Report of the Indian Hemp Drugs Commission, 1894-1895 - Volume III
Year: 1894
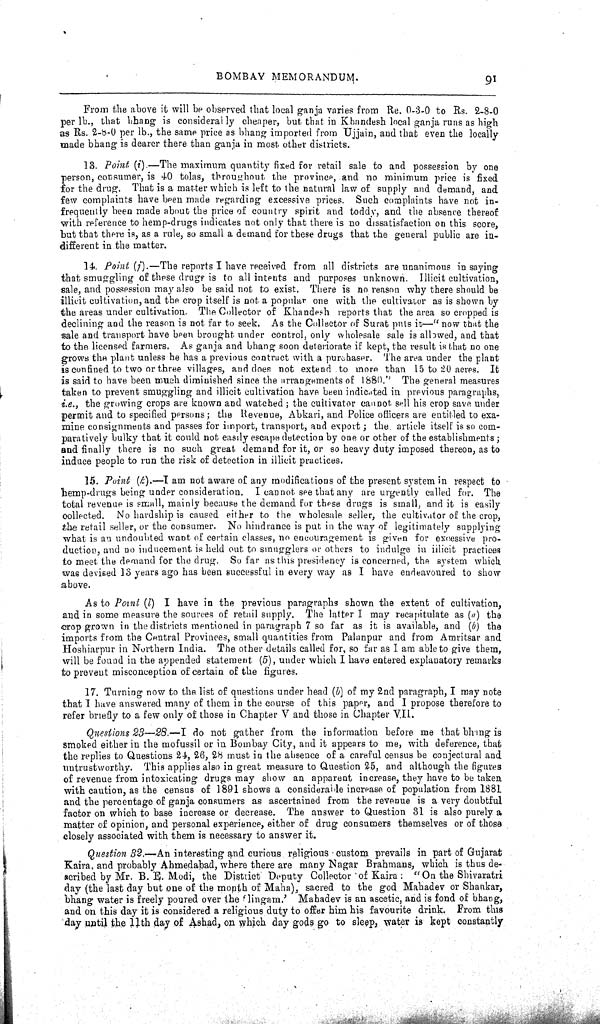
BOMBAY
MEMORANDUM.
91
From the above it will be observed that local ganja varies from Re. 0-3-0 to Rs. 2-8-0
per lb., that bhang is considerably cheaper, but that in Khandesh local ganja runs as high
as Rs. 2-8-0 per lb., the same price as bhang imported from Ujjain, and that even the locally
made bhang is dearer there than ganja in most other districts.
13. Point (i).—The maximum quantity fixed for retail sale to and possession by one
person, consumer, is 40 tolas, throughout the province, and no minimum price is fixed
for the drug. That is a matter which is left to the natural law of supply and demand, and
few complaints have been made regarding excessive prices. Such complaints have not in-
frequently been made about the price of country spirit and toddy, and the absence thereof
with reference to hemp-drugs indicates not only that there is no dissatisfaction on this score,
but that there is, as a rule, so small a demand for these drugs that the general public are in-
different in the matter.
14. Point (j).—The reports I have received from all districts are unanimous in saying
that smuggling of these drugs is to all intents and purposes unknown. Illicit cultivation,
sale, and possession may also be said not to exist. There is no reason why there should be
illicit cultivation, and the crop itself is not a popular one with the cultivator as is shown by
the areas under cultivation. The Collector of Khandesh reports that the area so cropped is
declining and the reason is not far to seek. As the Collector of Surat puts it—"now that the
sale and transport have been brought under control, only wholesale sale is allowed, and that
to the licensed farmers. As ganja and bhang soon deteriorate if kept, the result is that no one
grows the plant unless he has a previous contract with a purchaser. The area under the plant
is confined to two or three villages, and does not extend to more than 15 to 20 acres. It
is said to have been much diminished since the arrangements of 1880." The general measures
taken to prevent smuggling and illicit cultivation have been indicated in previous paragraphs,
i.e., the growing crops are known and watched; the cultivator cannot sell his crop save under
permit and to specified persons; the Revenue, Abkari, and Police officers are entitled to exa-
mine consignments and passes for import, transport, and export; the article itself is so com-
paratively bulky that it could not easily escape detection by one or other of the establishments;
and finally there is no such great demand for it, or so heavy duty imposed thereon, as to
induce people to run the risk of detection in illicit practices.
15. Point (k).—I am not aware of any modifications of the present system in respect to
hemp-drugs being under consideration. I can not see that any are urgently called for. The
total revenue is small, mainly because the demand for these drugs is small, and it is easily
collected. No hardship is caused either to the wholesale seller, the cultivator of the crop,
the retail seller, or the consumer. No hindrance is put in the way of legitimately supplying
what is an undoubted want of certain classes, no encouragement is given for excessive pro-
duction, and no inducement is held out to smugglers or others to indulge in illicit practices
to meet the demand for the drug. So far as this presidency is concerned, the system which
was devised 13 years ago has been successful in every way as I have endeavoured to show
above.
As to Point (l) I have in the previous paragraphs shown the extent of cultivation,
and in some measure the sources of retail supply. The latter I may recapitulate as (a) the
crop grown in the districts mentioned in paragraph 7 so far as it is available, and (b) the
imports from the Central Provinces, small quantities from Palanpur and from Amritsar and
Hoshiarpur in Northern India. The other details called for, so far as I am able to give them,
will be found in the appended statement (5), under which I have entered explanatory remarks
to prevent misconception of certain of the figures.
17. Turning now to the list of questions under head (b) of my 2nd paragraph, I may note
that I have answered many of them in the course of this paper, and I propose therefore to
refer briefly to a few only of those in Chapter V and those in Chapter V.II.
Questions 23—28.—I do not gather from the information before me that bhang is
smoked either in the mofussil or in Bombay City, and it appears to me, with deference, that
the replies to Questions 24, 26, 28 must in the absence of a careful census be conjectural and
untrustworthy. This applies also in great measure to Question 25, and although the figures
of revenue from intoxicating drugs may show an apparent increase, they have to be taken
with caution, as the census of 1891 shows a considerable increase of population from 1881
and the percentage of ganja consumers as ascertained from the revenue is a very doubtful
factor on which to base increase or decrease. The answer to Question 31 is also purely a
matter of opinion, and personal experience, either of drug consumers themselves or of those
closely associated with them is necessary to answer it.
Question 32.—An interesting and curious, religious custom prevails in part of Gujarat
Kaira, and probably Ahmedabad, where there are many Nagar Brahmans, which is thus de-
scribed by Mr. B. E. Modi, the District Deputy Collector of Kaira: "On the Shivaratri
day (the last day but one of the month of Maha), sacred to the god Mahadev or Shankar,
bhang water is freely poured over the 'lingam.' Mahadev is an ascetic, and is fond of bhang,
and on this day it is considered a religious duty to offer him his favourite drink. From this
day until the 11th day of Ashad, on which day gods go to sleep, water is kept constantly